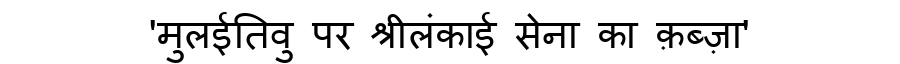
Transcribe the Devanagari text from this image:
'मुलईतिवु पर श्रीलंकाई सेना का क़ब्ज़ा'